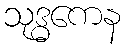
သုဒ္ဓကေန